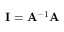
\mathbf { I } = \mathbf { A } ^ { - 1 } \mathbf { A }